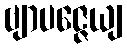
ဗျာပဇ္ဇေယျ